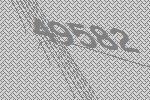
49582